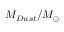
M _ { D u s t } / M _ { \odot }